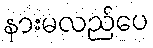
နားမလည်ပေ